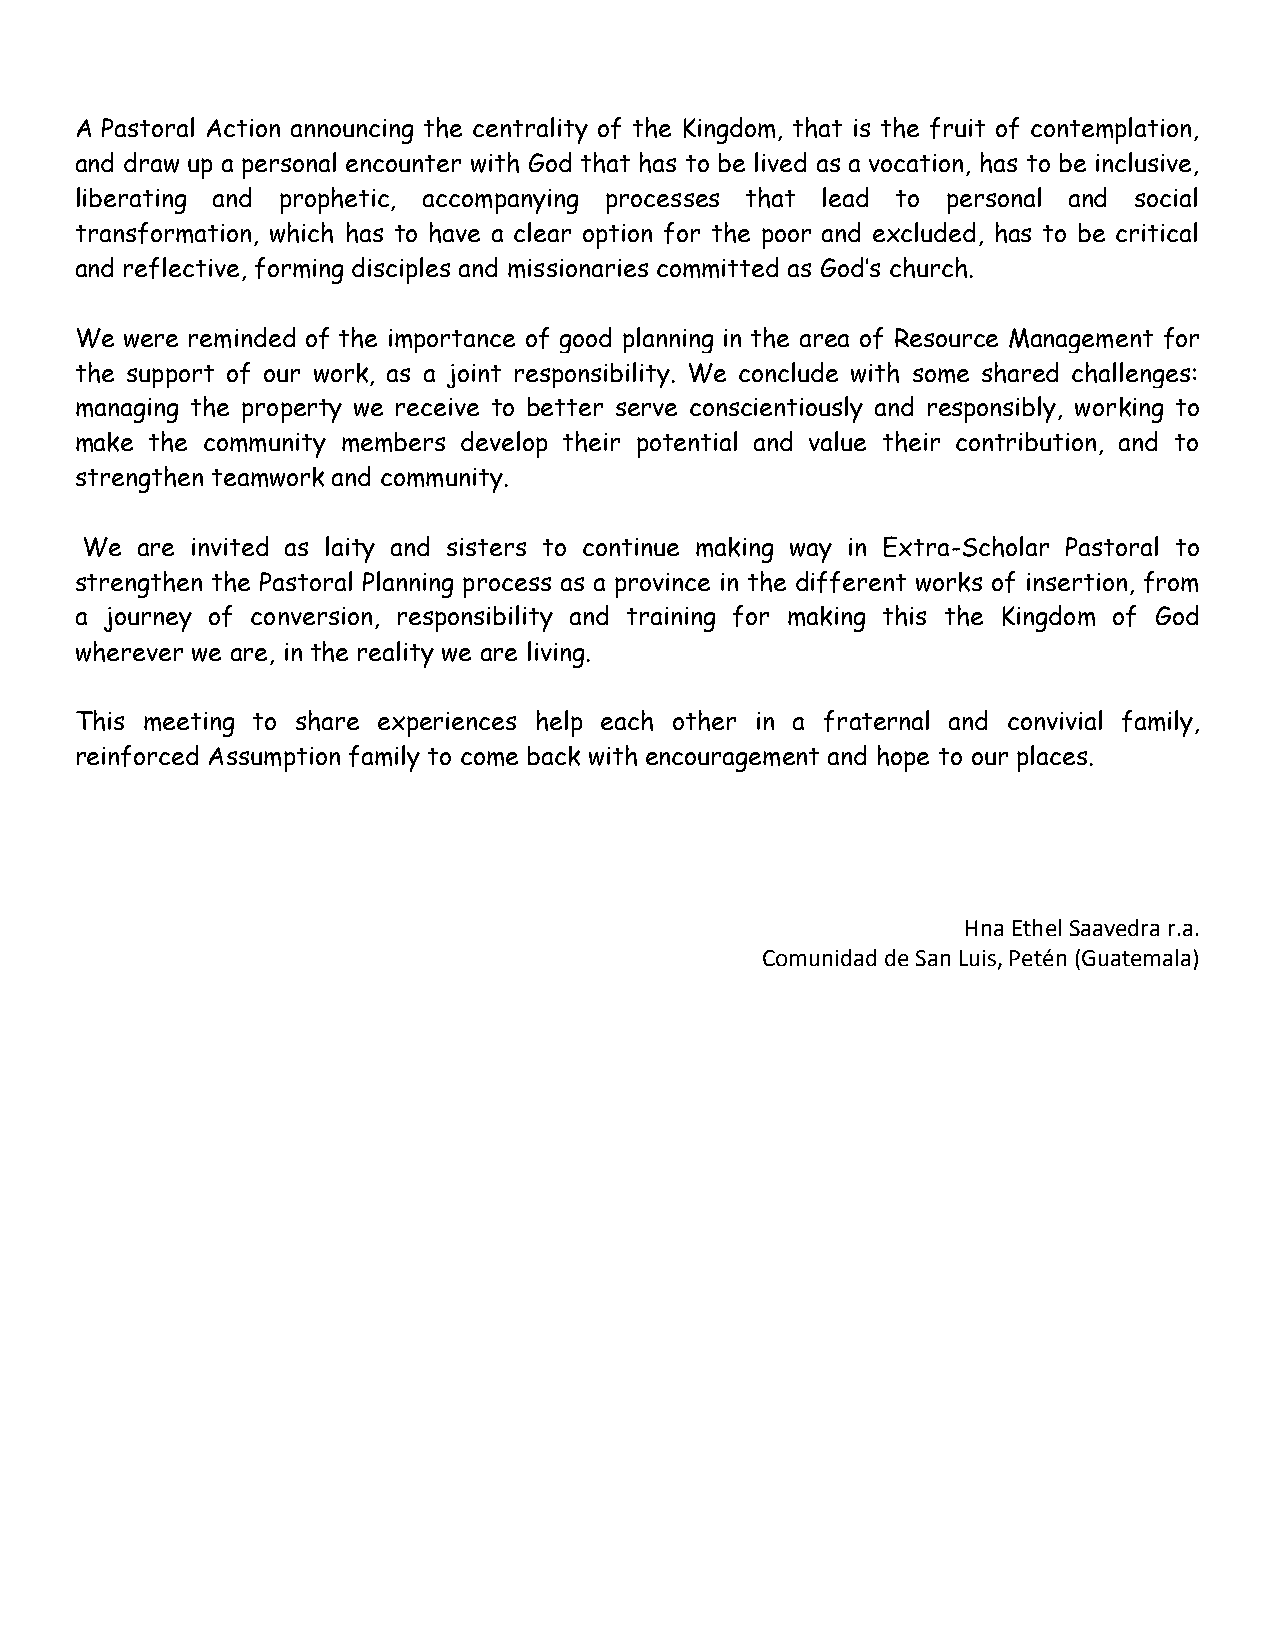
A Pastoral Action announcing the centrality of the Kingdom, that is the fruit of contemplation,
 and draw up a personal encounter with God that has to be lived as a vocation, has to be inclusive,
 liberating and prophetic, accompanying processes that lead to personal and social
 transformation, which has to have a clear option for the poor and excluded, has to be critical
 and reflective, forming disciples and missionaries committed as God’s church.
 We were reminded of the importance of good planning in the area of Resource Management for
 the support of our work, as a joint responsibility. We conclude with some shared challenges:
 managing the property we receive to better serve conscientiously and responsibly, working to
 make the community members develop their potential and value their contribution, and to
 strengthen teamwork and community.
 We  are invited as laity and sisters to continue making way in Extra-Scholar Pastoral to
 strengthen the Pastoral Planning process as a province in the different works of insertion, from
 a journey of conversion, responsibility and training for making this the Kingdom of God
 wherever we are, in the reality we are living.
 This meeting to share experiences help each other in a fraternal and convivial family,
 reinforced Assumption family to come back with encouragement and hope to our places.
 Hna Ethel Saavedra r.a.
 Comunidad de San Luis, Petén (Guatemala)